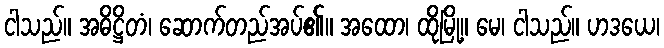
ငါသည်။ အဓိဋ္ဌိတံ၊ ဆောက်တည်အပ်၏။ အထော၊ ထိုမြို့။ မေ၊ ငါသည်။ ဟဒယေ၊